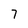
Character: 7